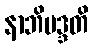
နာဘိမဒ္ဒတိ